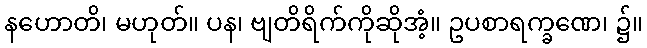
နဟောတိ၊ မဟုတ်။ ပန၊ ဗျတိရိက်ကိုဆိုအံ့။ ဥပစာရက္ခဏေ၊ ၌။